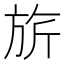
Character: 旂